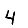
Digit: 4